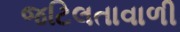
જટિલતાવાળી